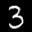
Label: 3